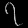
Digit: ၇